Scottish Leaving Certificate Examination, 1956
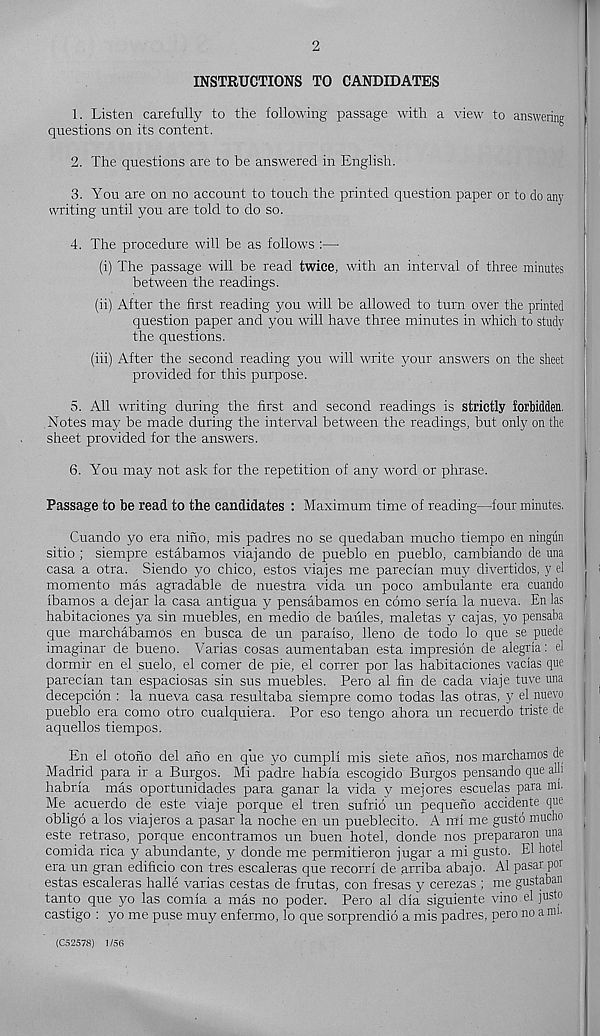
2
INSTRUCTIONS TO CANDIDATES
1. Listen carefully to the following passage with a view to answering
questions on its content.
2. The questions are to be answered in English.
3. You are on no account to touch the printed question paper or to do any
writing until you are told to do so.
4. The procedure will be as follows :—
(i) The passage will be read twice, with an interval of three minutes
between the readings.
(ii) After the first reading you will be allowed to turn over the printed
question paper and you will have three minutes in which to study
the questions.
(iii) After the second reading you will write your answers on the sheet
provided for this purpose.
5. All writing during the first and second readings is strictly forbidden.
Notes may be made during the interval between the readings, but only on the
sheet provided for the answers.
6. You may not ask for the repetition of any word or phrase.
Passage to be read to the candidates : Maximum time of reading—four minutes.
Cuando yo era nino, mis padres no se quedaban mucho tiempo en ningun
sitio ; siempre estabamos viajando de pueblo en pueblo, cambiando de una
casa a otra. Siendo yo chico, estos viajes me parecian muy divertidos, y el
momento mas agradable de nuestra vida un poco ambulante era cuando
ibamos a dejar la casa antigua y pensabamos en como seria la nueva. En las
habitaciones ya sin muebles, en medio de baules, maletas y cajas, yo pensaba
que marchabamos en busca de un paraiso, lleno de todo lo que se puede
imaginar de bueno. Varias cosas aumentaban esta impresion de alegria: el
dormir en el suelo, el comer de pie, el correr por las habitaciones vacias que
parecian tan espaciosas sin sus muebles. Pero al fin de cada viaje tuve una
decepcion : la nueva casa resultaba siempre como todas las otras, y el nuevo
pueblo era como otro cualquiera. Por eso tengo ahora un recuerdo triste de
aquellos tiempos.
En el otono del ano en que yo cumpli mis siete anos, nos marchamos de
Madrid para ir a Burgos. Mi padre habia escogido Burgos pensando que alii
habria mas oportunidades para ganar la vida y mejores escuelas para mi.
Me acuerdo de este viaje porque el tren sufrio un pequeno accidente que
oblige a los viajeros a pasar la noche en un pueblecito. A ml me gusto mucho .
este retraso, porque encontramos un buen hotel, donde nos prepararon una
comida rica y abundante, y donde me permitieron jugar a mi gusto. El hotel
era un gran edilicio con tres escaleras que recorri de arriba abajo. Al pasar poi
estas escaleras halle varias cestas de frutas, con fresas y cerezas ; me gustaban
tanto que yo las comia a mas no poder. Pero al dia siguiente vino el justo
castigo : yo me puse muy enfermo, lo que sorprendio a mis padres, pero no a mi-
(C52578) 1/56